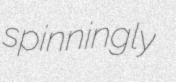
spinningly